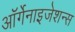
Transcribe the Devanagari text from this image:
ऑर्गेनाइजेशन्स